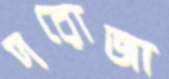
দরোজা